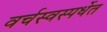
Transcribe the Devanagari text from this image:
वर्चस्वस्पर्धेत